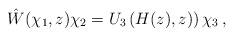
\begin{align*}\hat W(\chi_1,z)\chi_2=U_3\left(H(z),z)\right)\chi_3\,,\end{align*}